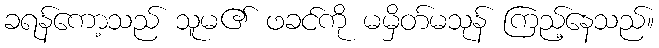
ခရန်ကော့သည် သူမ၏ ဖခင်ကို မမှိတ်မသုန် ကြည့်နေသည်။